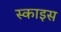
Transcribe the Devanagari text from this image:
स्काइस